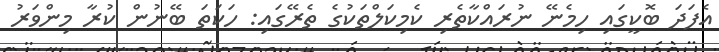
އެފަދަ ބޮކީގައި ހިމެނޭ ނުރައްކާތެރި ކެމިކަލްތަކުގެ ތެރޭގައި: ހަކަތަ ބޭނުން ކުރާ މިންވަރު